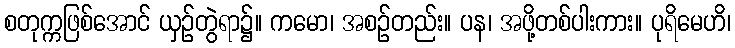
စတုက္ကဖြစ်အောင် ယှဉ်တွဲရာ၌။ ကမော၊ အစဉ်တည်း။ ပန၊ အဖို့တစ်ပါးကား။ ပုရိမေဟိ၊